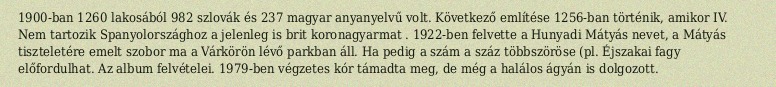
1900-ban 1260 lakosából 982 szlovák és 237 magyar anyanyelvű volt. Következő említése 1256-ban történik, amikor IV. Nem tartozik Spanyolországhoz a jelenleg is brit koronagyarmat . 1922-ben felvette a Hunyadi Mátyás nevet, a Mátyás tiszteletére emelt szobor ma a Várkörön lévő parkban áll. Ha pedig a szám a száz többszöröse (pl. Éjszakai fagy előfordulhat. Az album felvételei. 1979-ben végzetes kór támadta meg, de még a halálos ágyán is dolgozott.